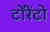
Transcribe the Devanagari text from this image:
टोंरेंटो